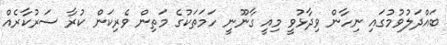
ބައްދަލުވުމުގައި ނިހާން ވިދާޅުވީ މިއީ ގާނޫނީ ހަމަތަކުގެ މަތިން ވެރިކަން ކުރާ ސަރުކާރެއް